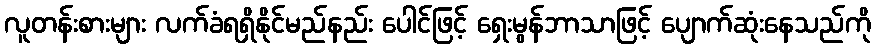
လူတန်းစားများ လက်ခံရရှိနိုင်မည်နည်း ပေါင်ဖြင့် ရှေးမွန်ဘာသာဖြင့် ပျောက်ဆုံးနေသည်ကို